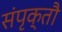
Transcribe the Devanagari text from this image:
संपृक्तौ